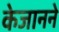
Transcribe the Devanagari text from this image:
केजानने